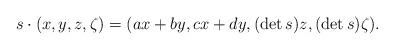
LaTeX: \begin{align*}s\cdot (x,y,z,\zeta)=(ax+by,cx+dy,(\det s)z,(\det s)\zeta).\end{align*}